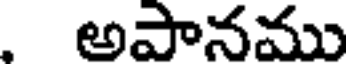
. అపానము